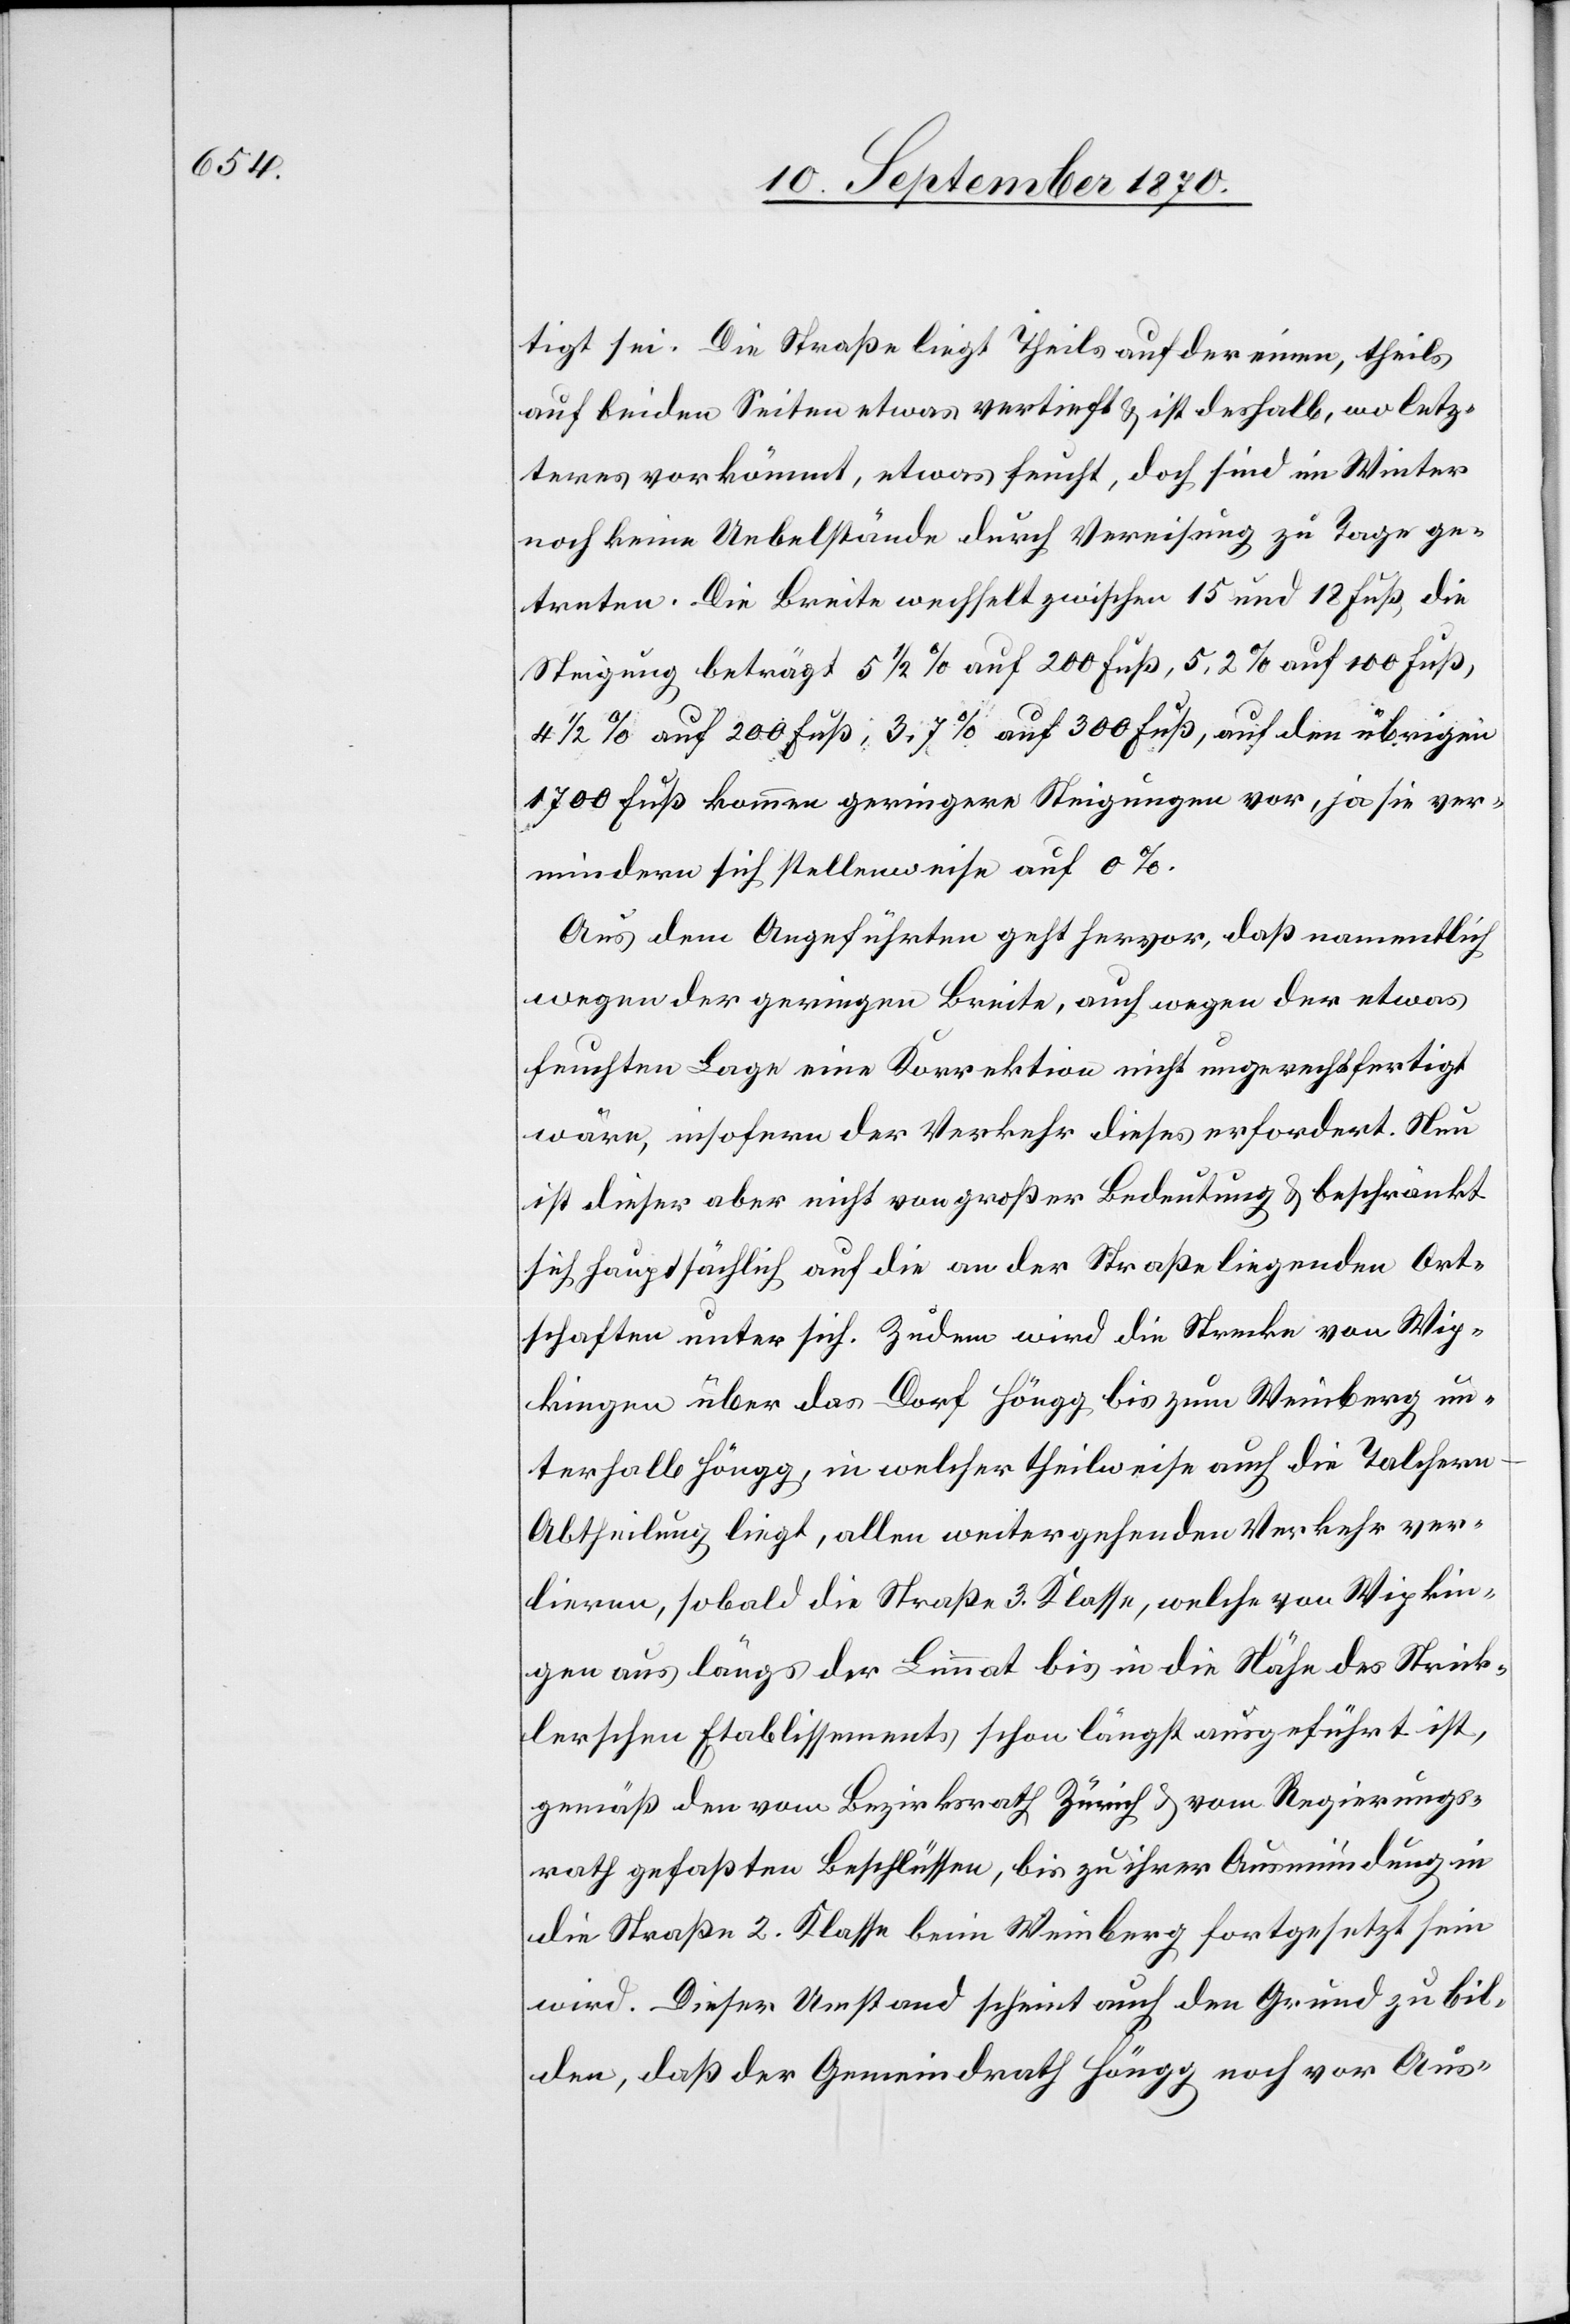
tigt sei. Die Straße liegt Theils auf der einen, theils
auf beiden Seiten etwas vertieft & ist deshalb, wo letz¬
tes vorkömmt, etwas feucht, doch sind im Winter
noch keine Uebelstände durch Vereisung zu Tage ge¬
treten. Die Breite wechselt zwischen 15 und 18 Fuß, die
Steigung beträgt 5 1/2% auf 200 Fuß, 5,2% auf 100 Fuß,
4 1/2% auf 200 Fuß, 3,7% auf 300 Fuß, auf den übrigen
1700 Fuß kommen geringere Steigungen vor, ja sie ver¬
mindern sich stellenweise auf 0%.
Aus dem Angeführten geht hervor, daß namentlich
wegen der geringen Breite, auch wegen der etwas
feuchten Lage eine Korrektion nicht ungerechtfertigt
wäre, insofern der Verkehr dieses erfordert. Nun
ist dieser aber nicht von großer Bedeutung & beschränkt
sich hauptsächlich auf die an der Straße liegenden Ort¬
schaften unter sich. Zudem wird die Strecke von Wip¬
kingen über das Dorf Höngg bis zum Weinberg un¬
terhalb Höngg, in welcher theilweise auch die Talchern-A¬
btheilung liegt, allen weitergehenden Verkehr ver¬
lieren, sobald die Straße 3. Klasse, welche von Wipkin¬
gen aus längs der Limmat bis in die Nähe des Strick¬
lerschen Etablissements schon längst ausgeführt ist,
gemäß den vom Bezirksrath Zürich & vom Regierungs¬
rath gefaßten Beschlüssen, bis zu ihrer Ausmündung in
die Straße 2. Klasse beim Weinberg fortgesetzt sein
wird. Dieser Umstand scheint auch den Grund zu bil¬
den, daß der Gemeindrath Höngg noch vor Aus-